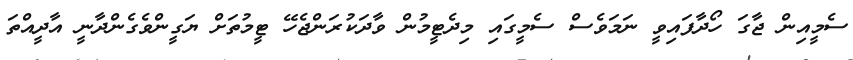
ސެމީއިން ޖާގަ ހޯދާފައިވީ ނަމަވެސް ސެމީގައި މިދެޓީމުން ވާދަކުރަންޖެހޭ ޓީމުތަށް ޔަގީންވެގެންދާނީ އާދީއްތަ